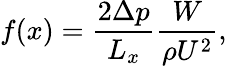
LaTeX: {f(x)=\frac{2\Delta p}{L_{x}}\frac{W}{\rho U^{2}},}